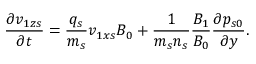
\frac { \partial { v } _ { 1 z s } } { \partial t } = \frac { q _ { s } } { m _ { s } } { v } _ { 1 x s } B _ { 0 } + \frac { 1 } { m _ { s } n _ { s } } \frac { B _ { 1 } } { B _ { 0 } } \frac { \partial p _ { s 0 } } { \partial y } .